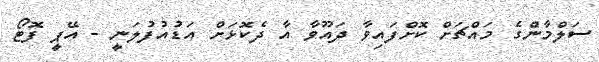
ސަލްމާންގެ މައްޗަށް ކޮށްފައިވާ ދައޫވާ އާ ދެކޮޅަށް އަޑުއުފުލަނީ - އޭޕީ ފޮޓޯ